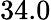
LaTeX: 34.0